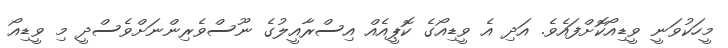
މީހަކުވަނީ ވީޑިއޯކޮށްފައެވެ. އަދި އެ ވީޑިއޯގެ ކޮޕީއެއް އިސްރާއީލުގެ ނޫސްވެރިންނަށްވެސްދީ މި ވީޑިއޯ